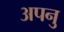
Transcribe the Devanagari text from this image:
अपनु